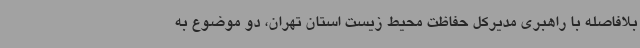
بلافاصله با راهبری مدیرکل حفاظت محیط زیست استان تهران، دو موضوع به